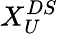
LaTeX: X_{U}^{DS}